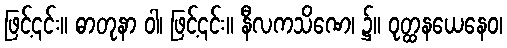
ဖြင့်၎င်း။ ဓာတုနာ ဝါ၊ ဖြင့်၎င်း။ နီလကသိဏေ၊ ၌။ ဝုတ္ထနယေနေဝ၊